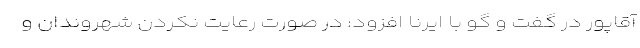
آقاپور در گفت و گو با ایرنا افزود: در صورت رعایت نکردن شهروندان و